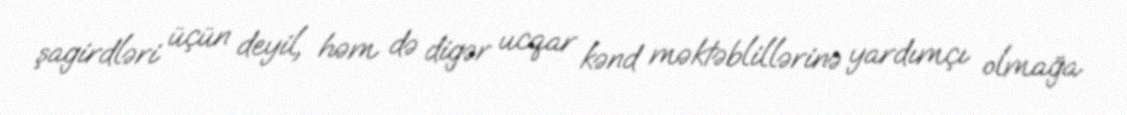
şagirdləri üçün deyil, həm də digər ucqar kənd məktəblillərinə yardımçı olmağa